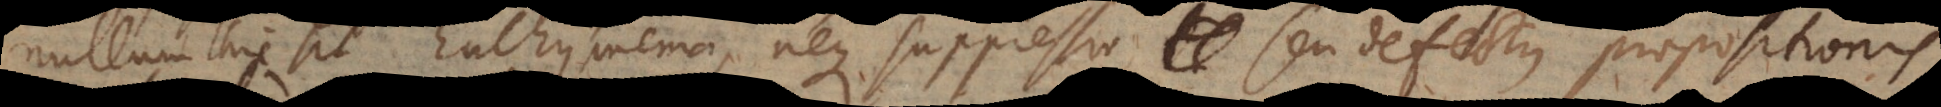
nullum hic sit Enthymema, neque suppressio, seu defectus propositionis,